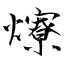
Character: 爎